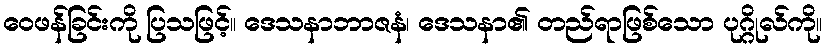
ဝေဖန်ခြင်းကို ပြသဖြင့်။ ဒေသနာဘာဇနံ၊ ဒေသနာ၏ တည်ရာဖြစ်သော ပုဂ္ဂိုလ်ကို။